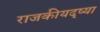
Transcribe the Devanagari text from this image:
राजकीयदृष्या